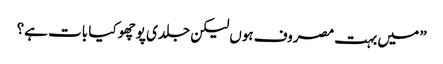
” میں بہت مصروف ہوں لیکن جلدی پوچھو کیا بات ہے؟